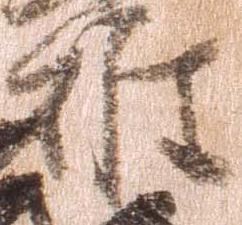
雄